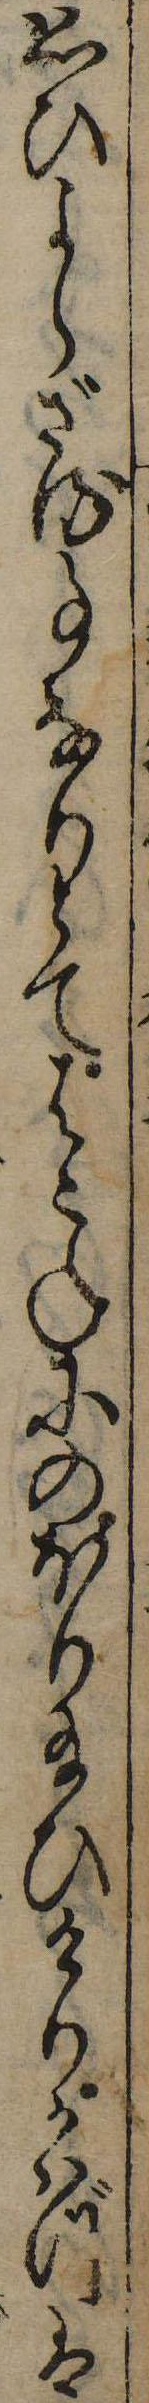
思ひよらざる事なりとてはこねにのほり給ひけりかはづは